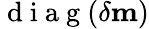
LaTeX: \mathrm{~d~i~a~g~}(\delta\mathbf{m})